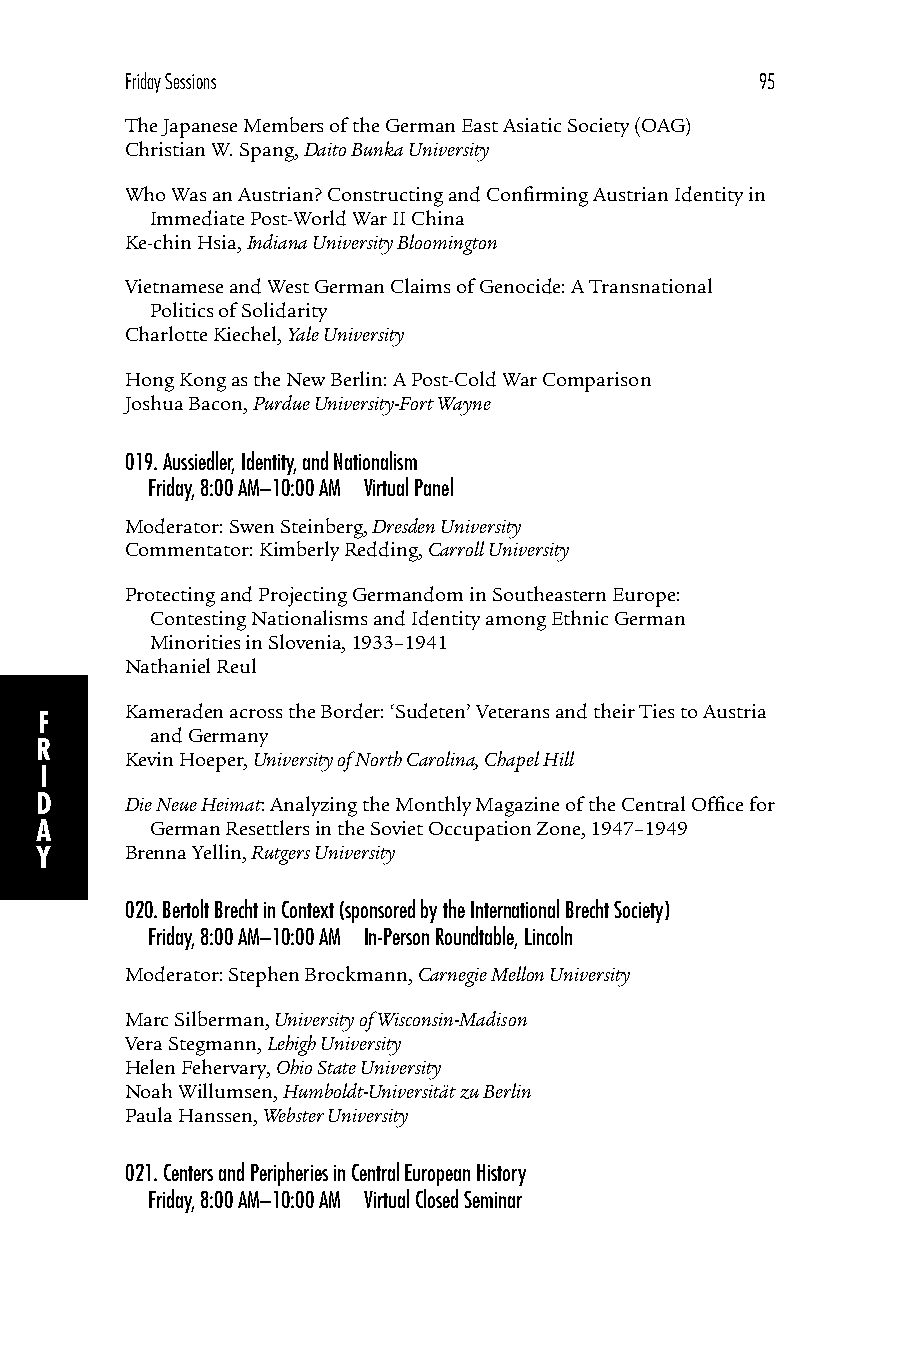
Friday Sessions                           95
 The Japanese Members of the German East Asiatic Society (OAG)
 Christian W. Spang, Daito Bunka University
 Who Was an Austrian? Constructing and Confirming Austrian Identity in
 Immediate Post-World War II China
 Ke-chin Hsia, Indiana University Bloomington
 Vietnamese and West German Claims of Genocide: A Transnational
 Politics of Solidarity
 Charlotte Kiechel, Yale University
 Hong Kong as the New Berlin: A Post-Cold War Comparison
 Joshua Bacon, Purdue University-Fort Wayne
 019.Aussiedler, Identity, and Nationalism
 Friday, 8:00 AM–10:00 AM Virtual Panel
 Moderator: Swen Steinberg, Dresden University
 Commentator: Kimberly Redding, Carroll University
 Protecting and Projecting Germandom in Southeastern Europe:
 Contesting Nationalisms and Identity among Ethnic German
 Minorities in Slovenia, 1933–1941
 Nathaniel Reul
 Kameraden across the Border: ‘Sudeten’ Veterans and their Ties to Austria
 F
 and Germany
 R
 Kevin Hoeper, University of North Carolina, Chapel Hill
 I
 D     Die Neue Heimat: Analyzing the Monthly Magazine of the Central Office for
 A       German Resettlers in the Soviet Occupation Zone, 1947–1949
 Y     Brenna Yellin, Rutgers University
 020.Bertolt Brecht in Context (sponsored by the International Brecht Society)
 Friday, 8:00 AM–10:00 AM In-Person Roundtable, Lincoln
 Moderator: Stephen Brockmann, Carnegie Mellon University
 Marc Silberman, University of Wisconsin-Madison
 Vera Stegmann, Lehigh University
 Helen Fehervary, Ohio State University
 Noah Willumsen, Humboldt-Universität zu Berlin
 Paula Hanssen, Webster University
 021.Centers and Peripheries in Central European History
 Friday, 8:00 AM–10:00 AM Virtual Closed Seminar